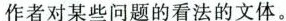
作者对某些问题的看法的文体。